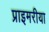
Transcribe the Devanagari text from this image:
प्राइमरीया